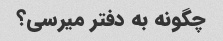
چگونه به دفتر میرسی؟